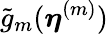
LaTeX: \widetilde{g}_{m}(\boldsymbol{\eta}^{(m)})